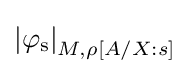
\mathrm {\left\vert \varphi _{s}\right\vert } _{M,\rho [A/X:s]}